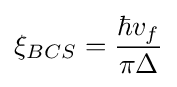
\xi _{BCS}={\frac {\hbar v_{f}}{\pi \Delta }}